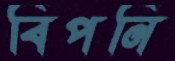
বিপনি